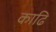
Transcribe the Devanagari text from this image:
काढि